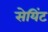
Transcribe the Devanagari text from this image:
सेयिंट